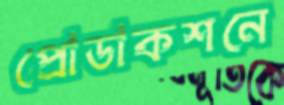
প্রোডাকশনে